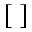
[ \ ]